Document type: Sale
Year: 1290
Scribe: Miquel Rotllan
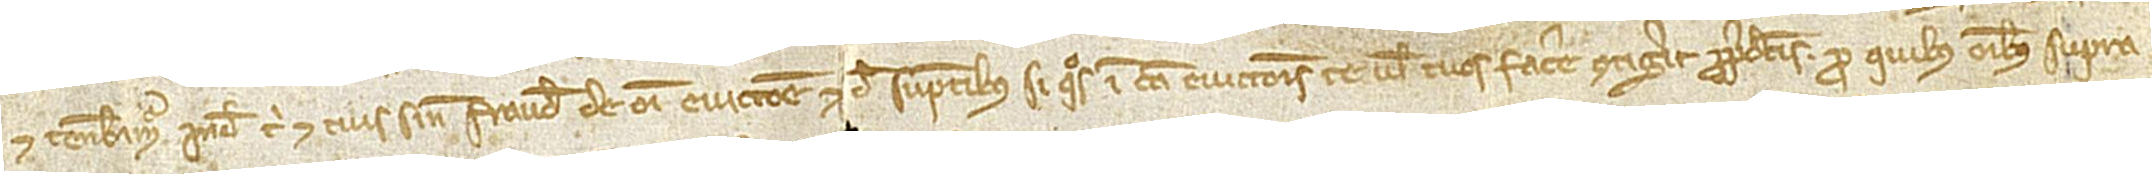
et tenebimur inde tibi et tuis sine fraude de omni eviccione et de sumptibus si quos in causa eviccionis te vel tuos facere contigerit pro predictis. Pro quibus omnibus supra-